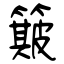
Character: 簸